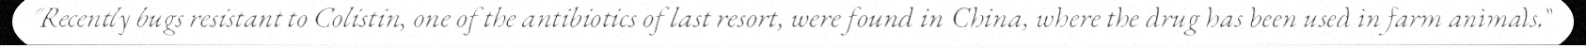
"Recently bugs resistant to Colistin, one of the antibiotics of last resort, were found in China, where the drug has been used in farm animals."